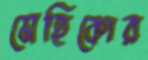
মেহিকোর